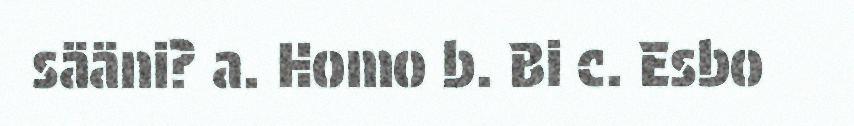
sääni? a. Homo b. Bi c. Esbo